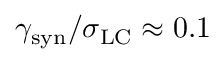
\gamma _ { \mathrm { s y n } } / \sigma _ { \mathrm { L C } } \approx 0 . 1